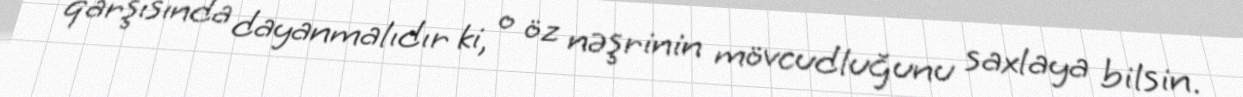
qarşısında dayanmalıdır ki, o öz nəşrinin mövcudluğunu saxlaya bilsin.